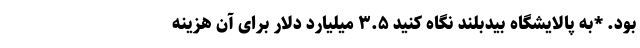
بود. *به پالایشگاه بیدبلند نگاه کنید ۳.۵ میلیارد دلار برای آن هزینه